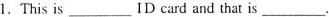
1.This is___ID card and that is___.